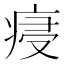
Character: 㾛